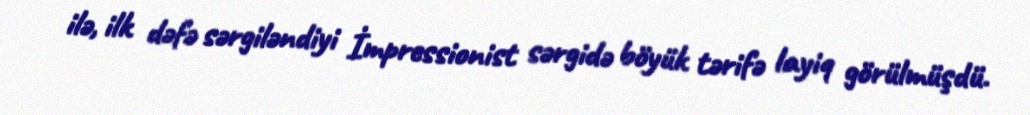
ilə, ilk dəfə sərgiləndiyi İmpressionist sərgidə böyük tərifə layiq görülmüşdü.